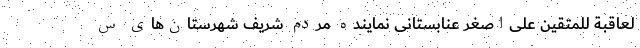
لعاقبة للمتقین علی‌اصغر عنابستانی نماینده مردم شریف شهرستان‌های س